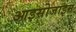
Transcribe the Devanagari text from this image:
आइसोजाइम